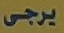
يرجى